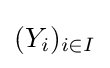
(Y_{i})_{i\in I}